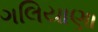
ગલિયાણા